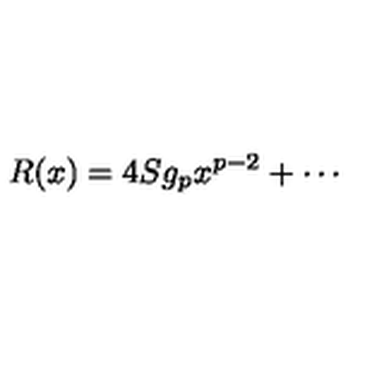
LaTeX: R ( x ) = 4 S g _ { p } x ^ { p - 2 } + \cdots